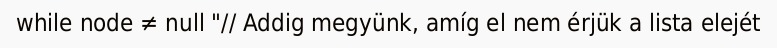
while node ≠ null "// Addig megyünk, amíg el nem érjük a lista elejét